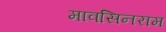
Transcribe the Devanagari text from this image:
मावसिनराम